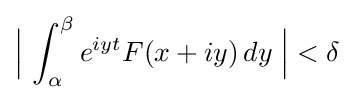
{\Big |}\,\int _{\alpha }^{\beta }e^{iyt}F(x+iy)\,dy\;{\Big |}<\delta